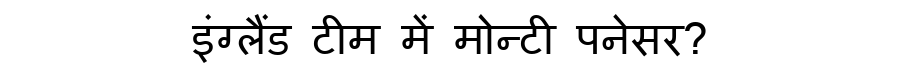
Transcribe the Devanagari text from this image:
इंग्लैंड टीम में मोन्टी पनेसर?